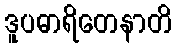
ဒူပဓာရိတေနာတိ